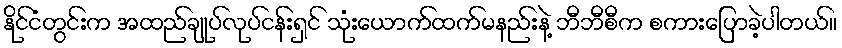
နိုင်ငံတွင်းက အထည်ချုပ်လုပ်ငန်းရှင် သုံးယောက်ထက်မနည်းနဲ့ ဘီဘီစီက စကားပြောခဲ့ပါတယ်။